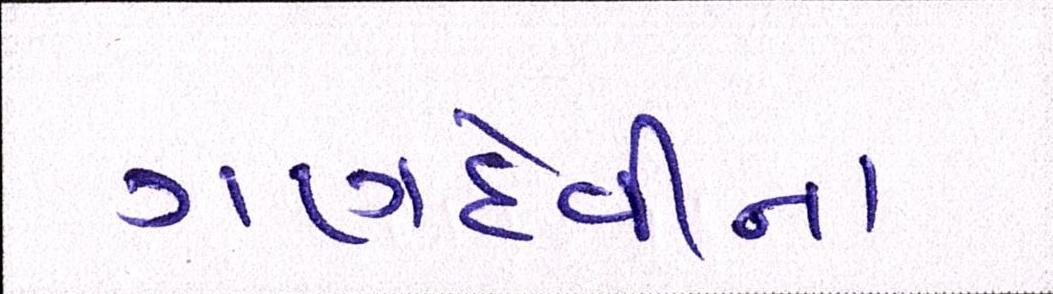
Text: ગણદેવીના